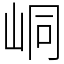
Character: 峒